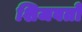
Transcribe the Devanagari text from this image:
शिजवतो